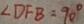
\angle D F B = 9 0 ^ { \circ }